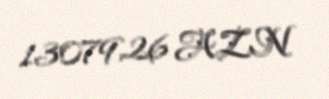
13079,26 AZN